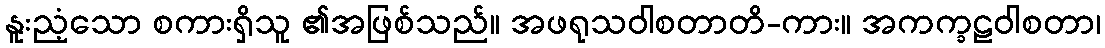
နူးညံ့သော စကားရှိသူ ၏အဖြစ်သည်။ အဖရုသဝါစတာတိ-ကား။ အကက္ခဠဝါစတာ၊